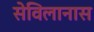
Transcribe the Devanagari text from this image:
सेविलानास